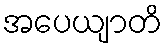
အပေယျာတိ